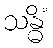
သန္ဓိံ